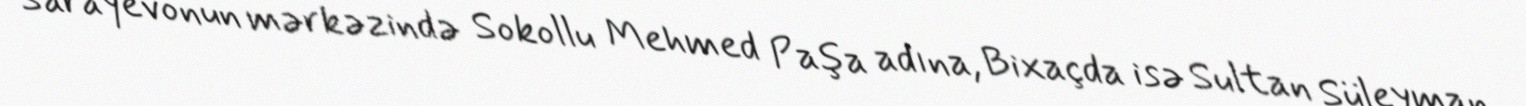
Sarayevonun mərkəzində Sokollu Mehmed Paşa adına, Bixaçda isə Sultan Süleyman